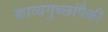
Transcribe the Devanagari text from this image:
काव्यगुच्छांपैकी